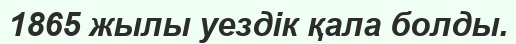
1865 жылы уездік қала болды.